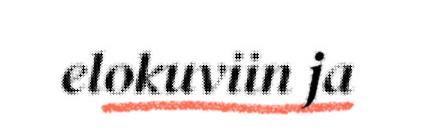
elokuviin ja